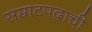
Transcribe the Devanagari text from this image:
सम्राटपदाची